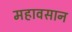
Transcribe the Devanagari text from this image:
महावसान